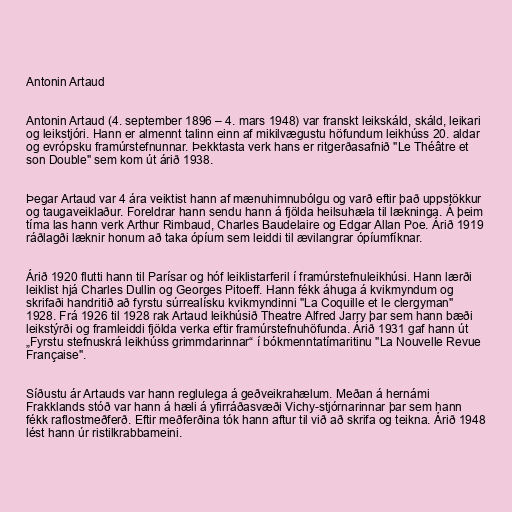
Antonin Artaud

Antonin Artaud (4. september 1896 – 4. mars 1948) var franskt leikskáld, skáld, leikari
og leikstjóri. Hann er almennt talinn einn af mikilvægustu höfundum leikhúss 20. aldar
og evrópsku framúrstefnunnar. Þekktasta verk hans er ritgerðasafnið "Le Théâtre et
son Double" sem kom út árið 1938.

Þegar Artaud var 4 ára veiktist hann af mænuhimnubólgu og varð eftir það uppstökkur
og taugaveiklaður. Foreldrar hann sendu hann á fjölda heilsuhæla til lækninga. Á þeim
tíma las hann verk Arthur Rimbaud, Charles Baudelaire og Edgar Allan Poe. Árið 1919
ráðlagði læknir honum að taka ópíum sem leiddi til ævilangrar ópíumfíknar.

Árið 1920 flutti hann til Parísar og hóf leiklistarferil í framúrstefnuleikhúsi. Hann lærði
leiklist hjá Charles Dullin og Georges Pitoeff. Hann fékk áhuga á kvikmyndum og
skrifaði handritið að fyrstu súrrealísku kvikmyndinni "La Coquille et le clergyman"
1928. Frá 1926 til 1928 rak Artaud leikhúsið Theatre Alfred Jarry þar sem hann bæði
leikstýrði og framleiddi fjölda verka eftir framúrstefnuhöfunda. Árið 1931 gaf hann út
„Fyrstu stefnuskrá leikhúss grimmdarinnar“ í bókmenntatímaritinu "La Nouvelle Revue
Française".

Síðustu ár Artauds var hann reglulega á geðveikrahælum. Meðan á hernámi
Frakklands stóð var hann á hæli á yfirráðasvæði Vichy-stjórnarinnar þar sem hann
fékk raflostmeðferð. Eftir meðferðina tók hann aftur til við að skrifa og teikna. Árið 1948
lést hann úr ristilkrabbameini.